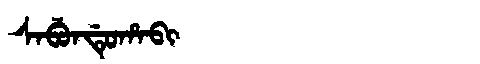
Manchu: ᠰᠠᠪᡠᠨᡩᡠᡥᠠᠪᡳ
Romanization: SABUNDUHABI